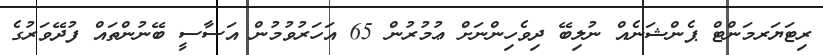
ރިޓަޔަރމަންޓް ޕެންޝަނެއް ނުލިބޭ ދިވެހިންނަށް ޢުމުރުން 65 އަހަރުވުމުން އަސާސީ ބޭނުންތައް ފުދޭވަރުގެ